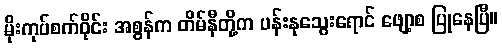
မိုးကုပ်စက်ဝိုင်း အစွန်က တိမ်နီတို့က ပန်းနုသွေးရောင် ဖျော့စ ပြုနေပြီ။